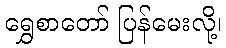
ရွှေစာတော် ပြန်မေးလို့၊